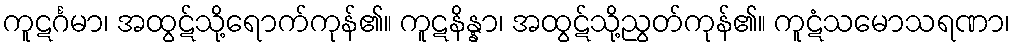
ကူဋင်္ဂမာ၊ အထွဋ်သို့ရောက်ကုန်၏။ ကူဋနိန္နာ၊ အထွဋ်သို့ညွတ်ကုန်၏။ ကူဋံသမောသရဏာ၊